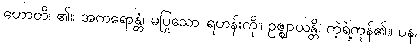
ဟောတိ၊ ၏။ အကရောန္တံ၊ မပြုသော ရဟန်းကို။ ဥဇ္ဈာယန္တိ၊ ကဲ့ရဲ့ကုန်၏။ ပန၊